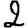
Digit: 2